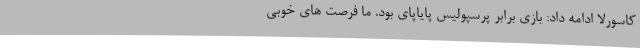
کاسورلا ادامه داد: بازی برابر پرسپولیس پایاپای بود. ما فرصت های خوبی